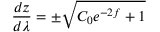
\frac { d z } { d \lambda } = \pm \sqrt { C _ { 0 } e ^ { - 2 f } + 1 }